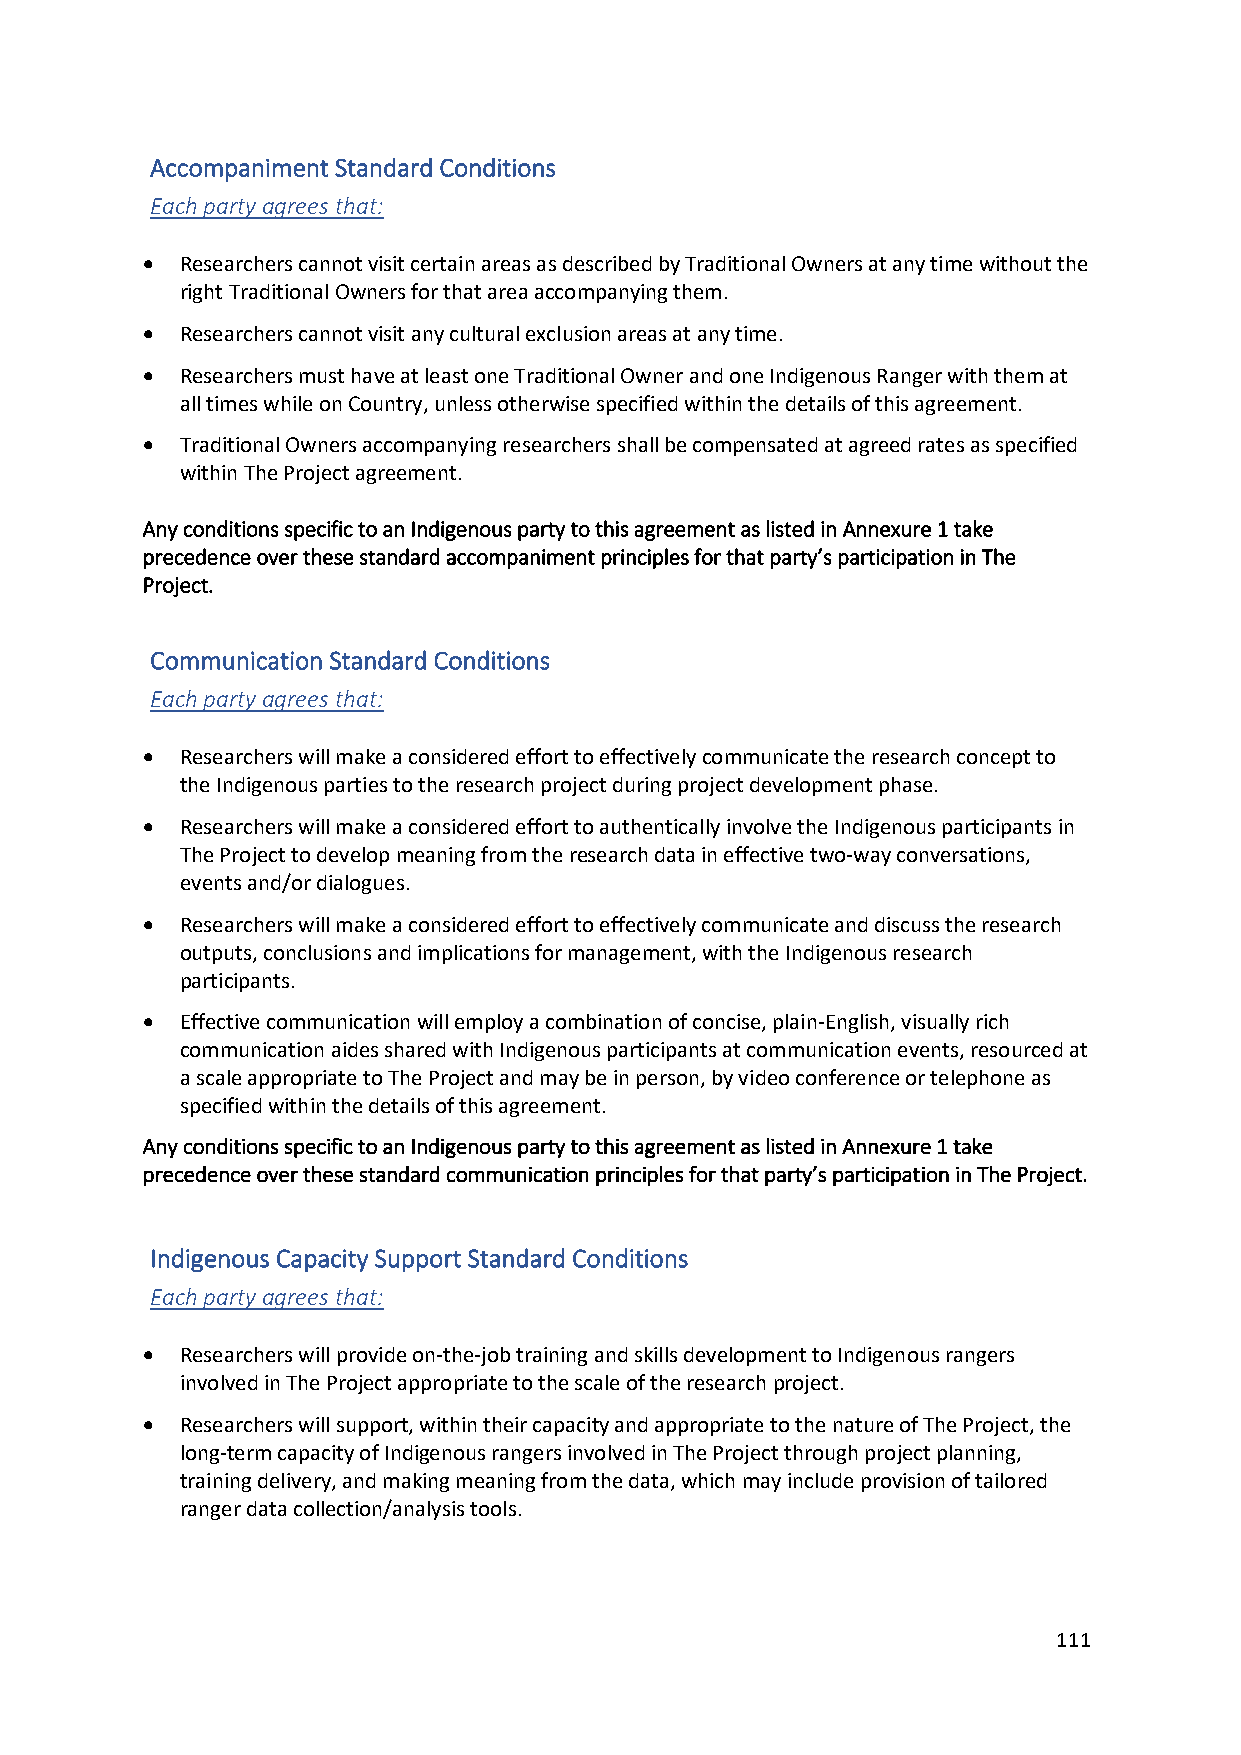
Accompaniment Standard Conditions
 Each party agrees that:
 •  Researchers cannot visit certain areas as described by Traditional Owners at any time without the
 right Traditional Owners for that area accompanying them.
 •  Researchers cannot visit any cultural exclusion areas at any time.
 •  Researchers must have at least one Traditional Owner and one Indigenous Ranger with them at
 all times while on Country, unless otherwise specified within the details of this agreement.
 •  Traditional Owners accompanying researchers shall be compensated at agreed rates as specified
 within The Project agreement.
 Any conditions specific to an Indigenous party to this agreement as listed in Annexure 1 take
 precedence over these standard accompaniment principles for that party’s participation in The
 Project.
 Communication Standard Conditions
 Each party agrees that:
 •  Researchers will make a considered effort to effectively communicate the research concept to
 the Indigenous parties to the research project during project development phase.
 •  Researchers will make a considered effort to authentically involve the Indigenous participants in
 The Project to develop meaning from the research data in effective two-way conversations,
 events and/or dialogues.
 •  Researchers will make a considered effort to effectively communicate and discuss the research
 outputs, conclusions and implications for management, with the Indigenous research
 participants.
 •  Effective communication will employ a combination of concise, plain-English, visually rich
 communication aides shared with Indigenous participants at communication events, resourced at
 a scale appropriate to The Project and may be in person, by video conference or telephone as
 specified within the details of this agreement.
 Any conditions specific to an Indigenous party to this agreement as listed in Annexure 1 take
 precedence over these standard communication principles for that party’s participation in The Project.
 Indigenous Capacity Support Standard Conditions
 Each party agrees that:
 •  Researchers will provide on-the-job training and skills development to Indigenous rangers
 involved in The Project appropriate to the scale of the research project.
 •  Researchers will support, within their capacity and appropriate to the nature of The Project, the
 long-term capacity of Indigenous rangers involved in The Project through project planning,
 training delivery, and making meaning from the data, which may include provision of tailored
 ranger data collection/analysis tools.
 111